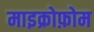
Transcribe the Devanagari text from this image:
माइक्रोफ़ोम